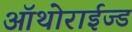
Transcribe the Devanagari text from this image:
ऑथोराईज्ड